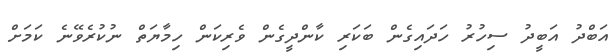
އަބްދު އަބީދު ސިހުރު ހަދައިގެން ބަކަރި ކާންދީގެން ވެރިކަން ހިމާޔަތް ނުކުރެވޭނެ ކަމަށް